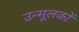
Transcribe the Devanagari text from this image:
उन्मूलकों